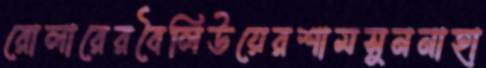
রোলারেরবৈলিউয়েরশামসুননাহা